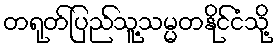
တရုတ်ပြည်သူ့သမ္မတနိုင်ငံသို့